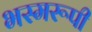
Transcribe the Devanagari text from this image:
भस्मरूपी